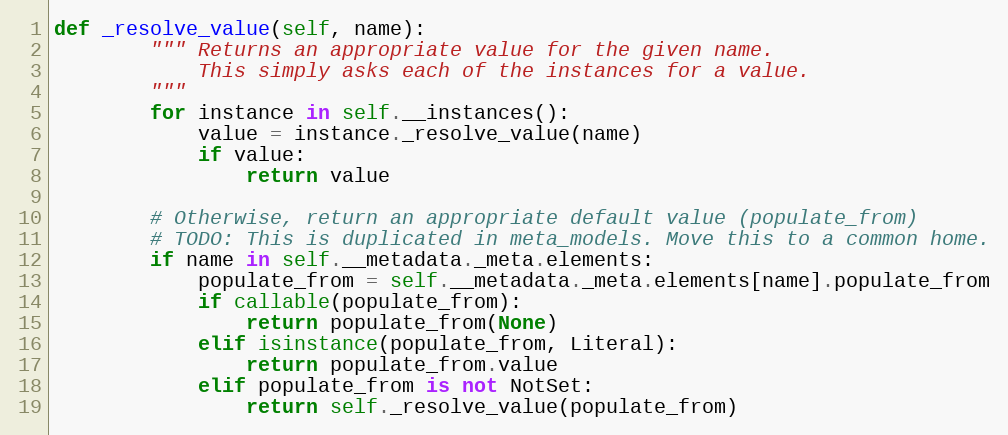
Language: Python
def _resolve_value(self, name):
        """ Returns an appropriate value for the given name.
            This simply asks each of the instances for a value.
        """
        for instance in self.__instances():
            value = instance._resolve_value(name)
            if value:
                return value

        # Otherwise, return an appropriate default value (populate_from)
        # TODO: This is duplicated in meta_models. Move this to a common home.
        if name in self.__metadata._meta.elements:
            populate_from = self.__metadata._meta.elements[name].populate_from
            if callable(populate_from):
                return populate_from(None)
            elif isinstance(populate_from, Literal):
                return populate_from.value
            elif populate_from is not NotSet:
                return self._resolve_value(populate_from)